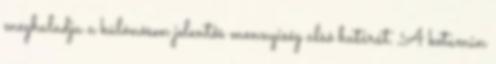
meghaladja a különösen jelentős mennyiség alsó határát. A ketamin